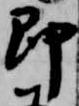
即